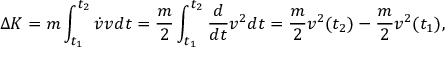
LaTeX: \Delta K = m \int _ { t _ { 1 } } ^ { t _ { 2 } } { \dot { v } } v d t = { \frac { m } { 2 } } \int _ { t _ { 1 } } ^ { t _ { 2 } } { \frac { d } { d t } } v ^ { 2 } d t = { \frac { m } { 2 } } v ^ { 2 } ( t _ { 2 } ) - { \frac { m } { 2 } } v ^ { 2 } ( t _ { 1 } ) ,